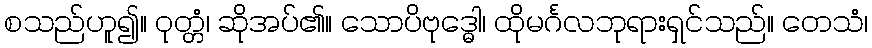
စသည်ဟူ၍။ ဝုတ္တံ၊ ဆိုအပ်၏။ သောပိဗုဒ္ဓေါ၊ ထိုမင်္ဂလဘုရားရှင်သည်။ တေသံ၊